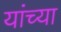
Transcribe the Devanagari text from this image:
यांंच्या